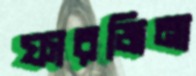
ফারজিনা